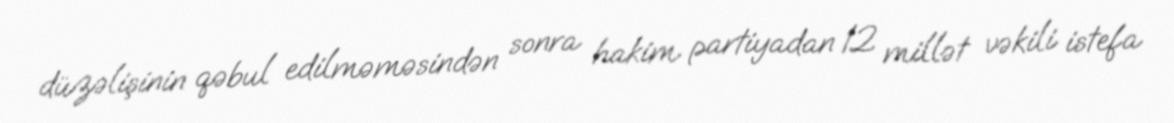
düzəlişinin qəbul edilməməsindən sonra hakim partiyadan 12 millət vəkili istefa